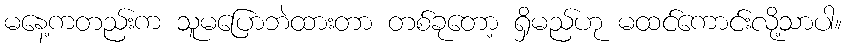
မနေ့ကတည်းက သူမပြောဘဲထားတာ တစ်ခုတော့ ရှိမည်ဟု မထင်ကောင်းလို့သာပါ။